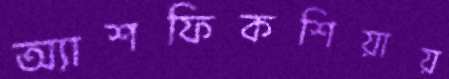
অ্যাশফিকশিয়ায়